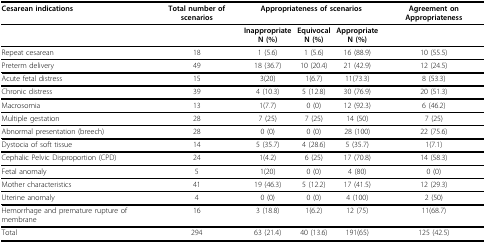
| Cesarean indications | Total number of scenarios | <COLSPAN=3> Appropriateness of scenarios | Agreement on Appropriateness |
 | --- | --- | --- | --- | --- | --- |
 |  |  | InappropriateN (%) | EquivocalN (%) | AppropriateN (%) |  |
 | Repeat cesarean | 18 | 1 (5.6) | 1 (5.6) | 16 (88.9) | 10 (55.5) |
 | Preterm delivery | 49 | 18 (36.7) | 10 (20.4) | 21 (42.9) | 12 (24.5) |
 | Acute fetal distress | 15 | 3(20) | 1(6.7) | 11(73.3) | 8 (53.3) |
 | Chronic distress | 39 | 4 (10.3) | 5 (12.8) | 30 (76.9) | 20 (51.3) |
 | Macrosomia | 13 | 1(7.7) | 0 (0) | 12 (92.3) | 6 (46.2) |
 | Multiple gestation | 28 | 7 (25) | 7 (25) | 14 (50) | 7 (25) |
 | Abnormal presentation (breech) | 28 | 0 (0) | 0 (0) | 28 (100) | 22 (75.6) |
 | Dystocia of soft tissue | 14 | 5 (35.7) | 4 (28.6) | 5 (35.7) | 1(7.1) |
 | Cephalic Pelvic Disproportion (CPD) | 24 | 1(4.2) | 6 (25) | 17 (70.8) | 14 (58.3) |
 | Fetal anomaly | 5 | 1(20) | 0 (0) | 4 (80) | 0 (0) |
 | Mother characteristics | 41 | 19 (46.3) | 5 (12.2) | 17 (41.5) | 12 (29.3) |
 | Uterine anomaly | 4 | 0 (0) | 0 (0) | 4 (100) | 2 (50) |
 | Hemorrhage and premature rupture of membrane | 16 | 3 (18.8) | 1(6.2) | 12 (75) | 11(68.7) |
 | Total | 294 | 63 (21.4) | 40 (13.6) | 191(65) | 125 (42.5) |